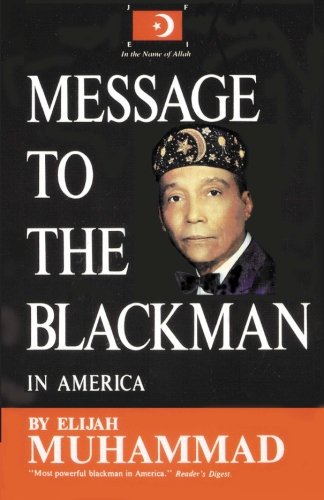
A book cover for Message to the Blackman in America; Elijah Muhammad; Religion & Spirituality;